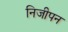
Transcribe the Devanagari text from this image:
निजीपन